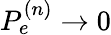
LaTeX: P_{e}^{(n)}\rightarrow 0